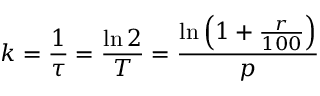
k = { \frac { 1 } { \tau } } = { \frac { \ln 2 } { T } } = { \frac { \ln \left( 1 + { \frac { r } { 1 0 0 } } \right) } { p } }